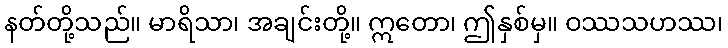
နတ်တို့သည်။ မာရိသာ၊ အချင်းတို့။ ဣတော၊ ဤနှစ်မှ။ ဝဿသဟဿ၊